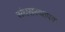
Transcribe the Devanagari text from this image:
संघसंस्थापक